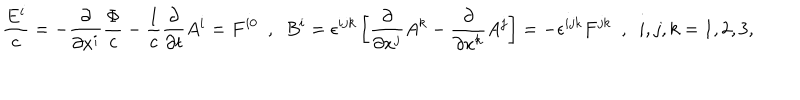
\frac { E ^ { i } } { c } = - \frac { \partial } { \partial x ^ { i } } \frac { \Phi } { c } - \frac { 1 } { c } \frac { \partial } { \partial t } A ^ { i } = F ^ { i 0 } \ \ , \ \ B ^ { i } = \epsilon ^ { i j k } \left[ \frac { \partial } { \partial x ^ { j } } A ^ { k } - \frac { \partial } { \partial x ^ { k } } A ^ { j } \right] = - \epsilon ^ { i j k } F ^ { j k } \ \ , \ \ i , j , k = 1 , 2 , 3 ,